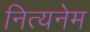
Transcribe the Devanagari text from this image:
नित्यनेम